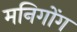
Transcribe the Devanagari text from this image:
मनिगोंग